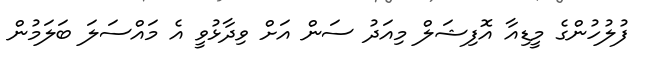
ފުލުހުންގެ މީޑިއާ އޮފިޝަލް މިއަދު ސަން އަށް ވިދާޅުވީ އެ މައްސަލަ ބަލަމުން